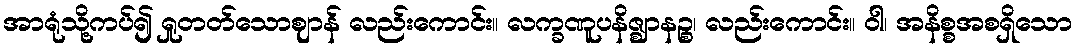
အာရုံသို့ကပ်၍ ရှုတတ်သောဈာန် လည်းကောင်း။ လက္ခဏူပနိဇ္ဈာနဉ္စ၊ လည်းကောင်း။ ဝါ၊ အနိစ္စအစရှိသော